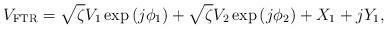
LaTeX: \begin{align*} V_{\rm{FTR}} =\sqrt{\zeta } V_1 \exp\left({j\phi_{{1}}}\right)+\sqrt{\zeta } V_2 \exp\left({j\phi_2}\right)+X_1+jY_1 ,\end{align*}